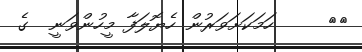
١٣     ހަމަކަށަވަރުން ހެޔޮލަފާ މީހުންވަނީ  ގެ